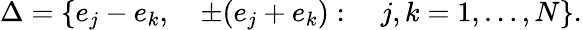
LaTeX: \Delta=\{ e_{j}-e_{k},\quad\pm(e_{j}+e_{k}):\quad j,k=1,\ldots,N\} .